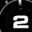
Digit: 2